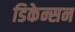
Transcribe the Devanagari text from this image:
डिकेन्सन